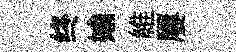
终媮維屢